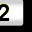
Digit: 2